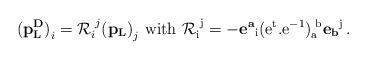
LaTeX: \begin{align*} {\bf (p^D_L)}_i = {\cal R}_i^{\, \, j} {\bf (p_L)}_j \, \,\rm{with}\, \, {\cal R}_i^{\, \, j}= - {\bf e^a}_i(e^{t}.e^{-1})_a^{\, \, b} {\bf e_b}^j\, .\end{align*}